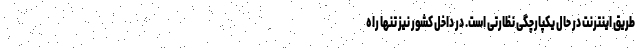
طریق اینترنت در حال یکپارچگی نظارتی است. در داخل کشور نیز تنها راه